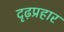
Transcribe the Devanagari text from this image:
दृढ़प्रहार